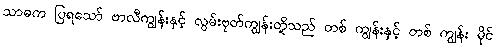
သာဓက ပြရသော် ဗာလီကျွန်းနှင့် လွမ်းဗုတ်ကျွန်းတို့သည် တစ် ကျွန်းနှင့် တစ် ကျွန်း မိုင်